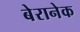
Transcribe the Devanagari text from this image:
बेरानेक